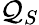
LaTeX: \mathcal{Q}_{S}